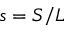
s = S / L